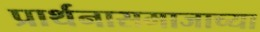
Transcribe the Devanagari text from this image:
प्रार्थनासमाजाच्या